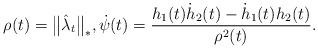
LaTeX: \begin{align*} \rho(t)=\big\|\hat\lambda_t\big\|_*,\dot\psi(t)=\frac{h_1(t)\dot h_2(t)-\dot h_1(t) h_2(t)}{\rho^2(t)}. \end{align*}